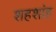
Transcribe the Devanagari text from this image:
शहशांह